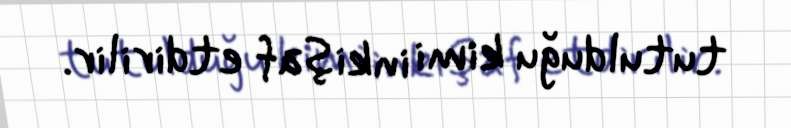
tutulduğu kimi inkişaf etdirilir.